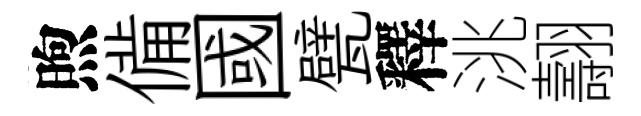
煦備國甓釋洮翿